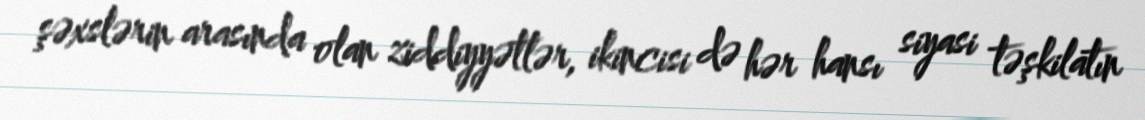
şəxslərin arasında olan ziddiyyətlər, ikincisi də hər hansı siyasi təşkilatın